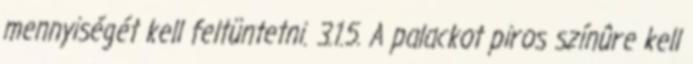
mennyiségét kell feltüntetni. 3.1.5. A palackot piros színûre kell